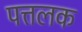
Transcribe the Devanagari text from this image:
पत्तलक